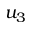
u _ { 3 }